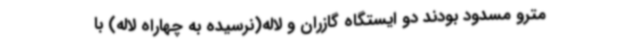
مترو مسدود بودند دو ایستگاه گازران و لاله(نرسیده به چهاراه لاله) با